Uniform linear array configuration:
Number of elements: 4
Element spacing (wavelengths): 0.75
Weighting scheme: blackman
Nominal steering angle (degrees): -30
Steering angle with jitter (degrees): -28.276
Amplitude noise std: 0.05
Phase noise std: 0.05

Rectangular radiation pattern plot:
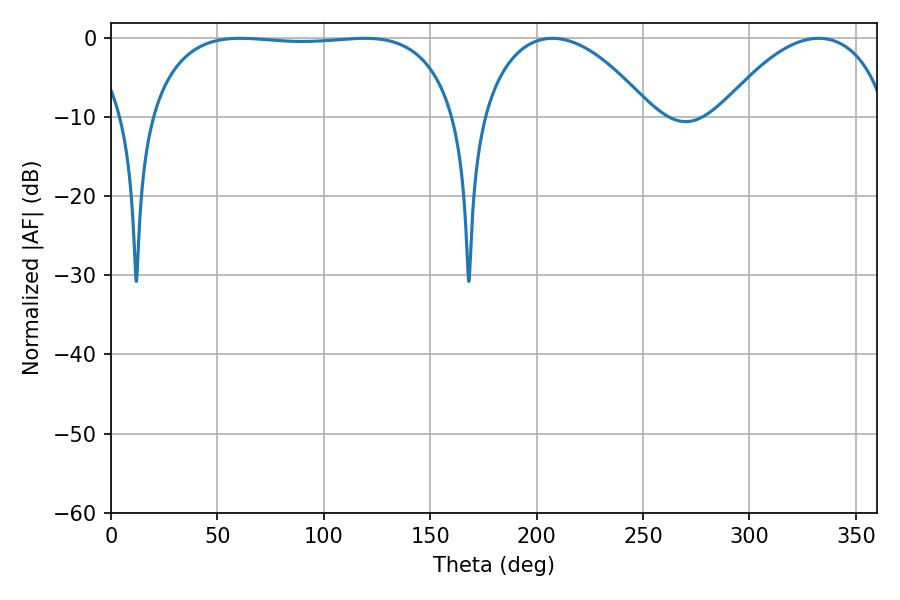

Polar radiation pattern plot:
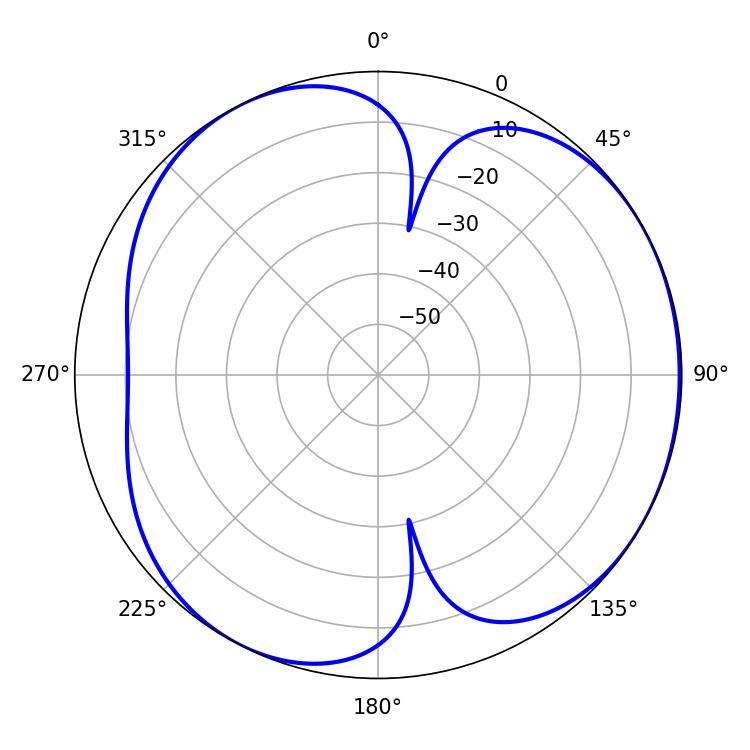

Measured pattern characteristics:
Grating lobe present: TRUE
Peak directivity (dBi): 4.38
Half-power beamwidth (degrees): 114.48
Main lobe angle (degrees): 60.84